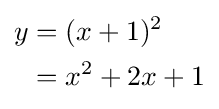
{\begin{aligned}y&=(x+1)^{2}\\&=x^{2}+2x+1\end{aligned}}